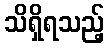
သိရှိရသည့်